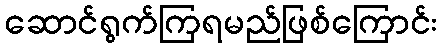
ဆောင်ရွက်ကြရမည်ဖြစ်ကြောင်း